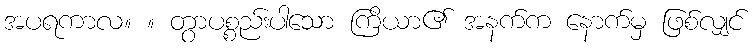
အပရကာလ။ ။ တွာပစ္စည်းပါသော ကြိယာ၏ အနက်က နောက်မှ ဖြစ်လျှင်